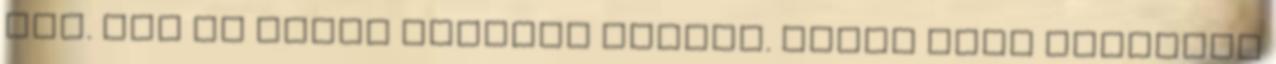
van. Fel se tudom sorolni mindet. Éowyn Szia Köszönöm